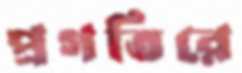
প্রগতিরে